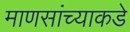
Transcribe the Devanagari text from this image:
माणसांच्याकडे